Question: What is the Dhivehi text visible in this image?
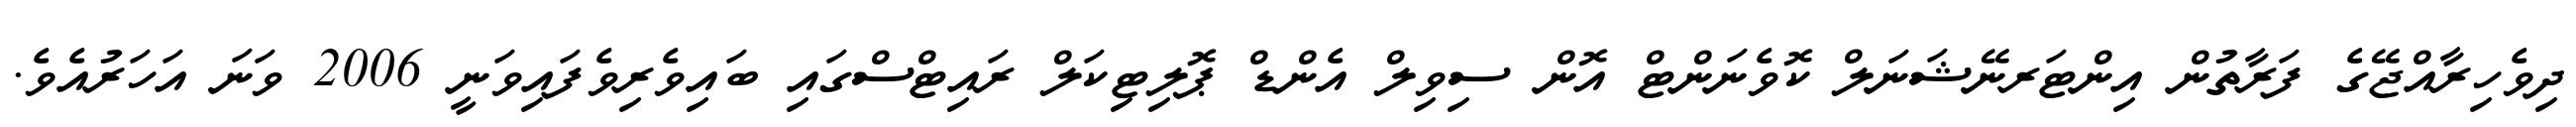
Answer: ދިވެހިރާއްޖޭގެ ފަރާތުން އިންޓަރނޭޝަނަލް ކޮވެނަންޓް އޮން ސިވިލް އެންޑް ޕޮލިޓިކަލް ރައިޓްސްގައި ބައިވެރިވެފައިވަނީ 2006 ވަނަ އަހަރުއެވެ.